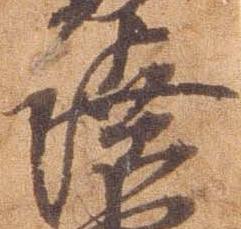
陸